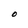
Character: O